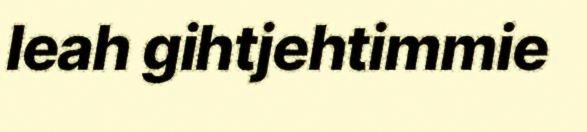
leah gihtjehtimmie